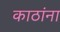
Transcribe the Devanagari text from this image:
काठांना